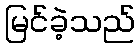
မြင်ခဲ့သည်